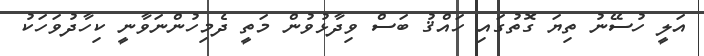
އަލީ ހުސޭނު ތިޔަ ގޮތުގައި ހައްޤު ބަސް ވިދާޅުވުން މަތީ ދެމިހުންނަވާނީ ކިހާދުވަހަކު